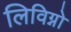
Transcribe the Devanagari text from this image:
लिविग्नो